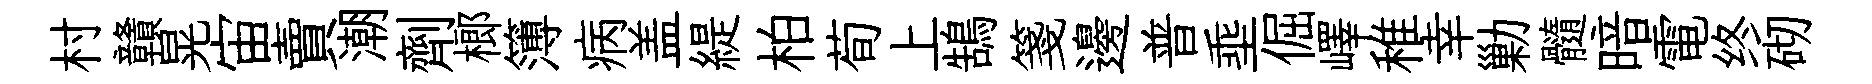
村贛晃宙賣潮劑榔簿病盖緹柏荀上鵠箋邊普埀倔嶧稚幸勦髓暗電终砌